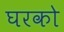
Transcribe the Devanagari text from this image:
घरको